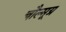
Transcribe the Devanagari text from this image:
चौल्मूग्र